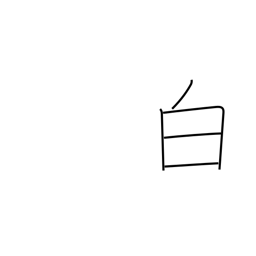
Meaning: white